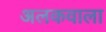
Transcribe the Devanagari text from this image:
अलकवाला